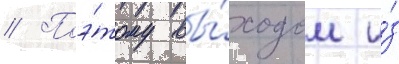
// Поэ́тому вы́ходом и́з